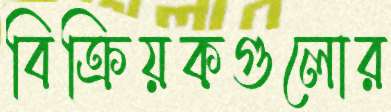
বিক্রিয়কগুলোর